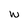
Character: W